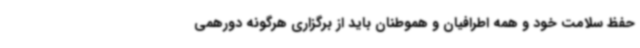
حفظ سلامت خود و همه اطرافیان و هموطنان باید از برگزاری هرگونه دورهمی